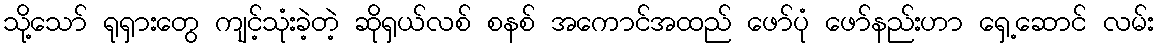
သို့သော် ရုရှားတွေ ကျင့်သုံးခဲ့တဲ့ ဆိုရှယ်လစ် စနစ် အကောင်အထည် ဖော်ပုံ ဖော်နည်းဟာ ရှေ့ဆောင် လမ်း